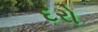
દરો